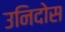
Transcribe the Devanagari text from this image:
उनिदोस